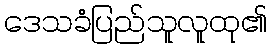
ဒေသခံပြည်သူလူထု၏